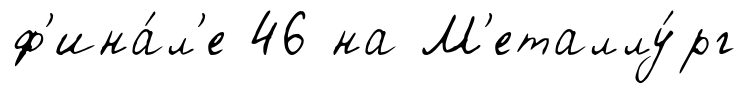
ф'ина́л'е 46 на М'еталлу́рг